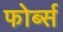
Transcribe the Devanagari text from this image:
फोर्ब्स